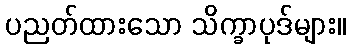
ပညတ်ထားသော သိက္ခာပုဒ်များ။